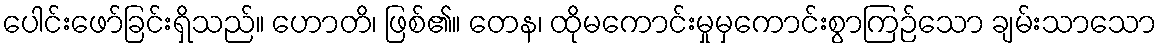
ပေါင်းဖော်ခြင်းရှိသည်။ ဟောတိ၊ ဖြစ်၏။ တေန၊ ထိုမကောင်းမှုမှကောင်းစွာကြဉ်သော ချမ်းသာသော